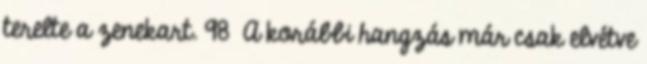
terelte a zenekart. 98 A korábbi hangzás már csak elvétve